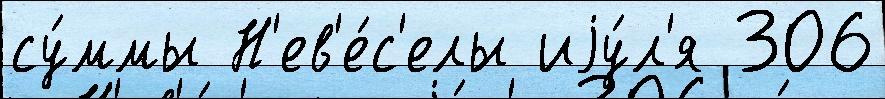
су́ммы Н'ев'е́с'елы иjу́л'я 306